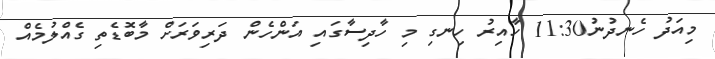
މިއަދު ހެނދުނު11:30 ހާއިރު ހިނގި މި ހާދިސާގައި އަންހެން ދަރިވަރަށް މާބޮޑެތި ގެއްލުމެއް